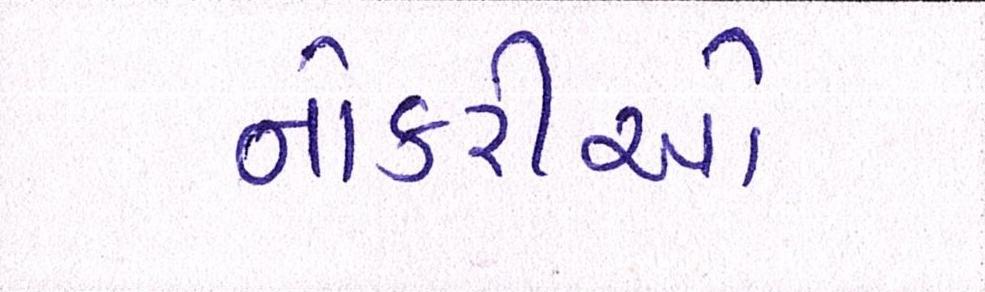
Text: નોકરીઓ